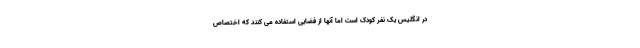
در انگلیس یک نفر کودک است اما آنها از فضایی استفاده می کنند که اختصاص